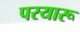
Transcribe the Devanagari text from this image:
परयारू